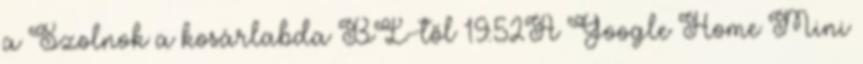
a Szolnok a kosárlabda BL-től 19:52A Google Home Mini